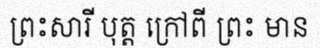
ព្រះសារី បុត្ត ក្រៅពី ព្រះ មាន